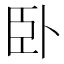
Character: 卧